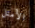
الأمثل